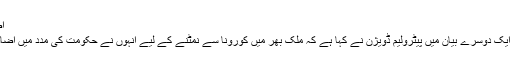
اضافی مدد:
اس دوران ایک دوسرے بیان میں پیٹرولیم ڈویژن نے کہا ہے کہ ملک بھر میں کورونا سے نمٹنے کے لیے انہوں نے حکومت کی مدد میں اضافہ کیا ہے۔